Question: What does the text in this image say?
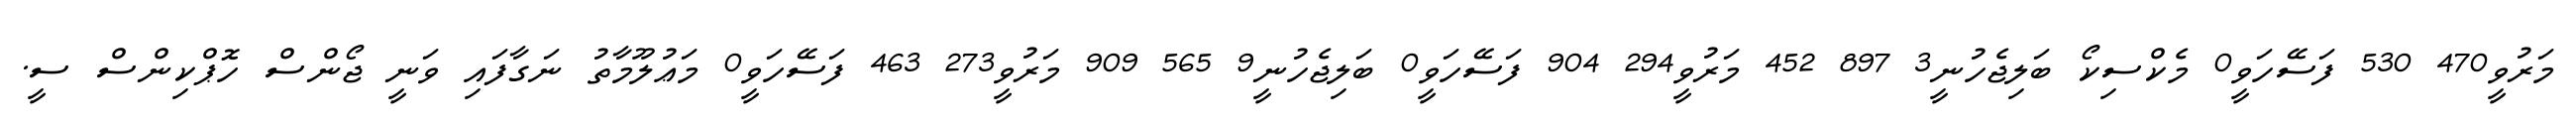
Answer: މަރުވީ470 530 ފަސޭހަވީ0 މެކްސިކޯ ބަލިޖެހުނީ3 897 452 މަރުވީ294 904 ފަސޭހަވީ0 ބަލިޖެހުނީ9 565 909 މަރުވީ273 463 ފަސޭހަވީ0 މަޢުލޫމާތު ނަގާފައި ވަނީ ޖޯންސް ހޮޕްކިންސް ސީ.